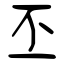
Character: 丕